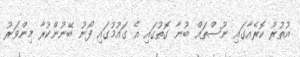
އުތުރު ކޮރެއާގައި ނޫސްތައް ބުނާ ގޮތުގައި އެ ގައުމުގައި ފޯނު ބޭނުންކުރާ މިންވަރު